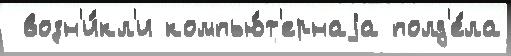
 возн'и́кл'и компью́т'ернаjа полд'е́ла